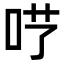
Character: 𠰖